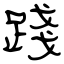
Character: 踐